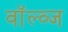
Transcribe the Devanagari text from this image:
वॉल्व्ज